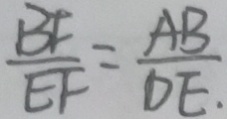
\frac { B F } { E F } = \frac { A B } { D E }